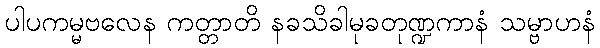
ပါပကမ္မဗလေန ကတ္တာတိ နခသိခါမုခတုဏ္ဍကာနံ သမ္ဗာဟနံ